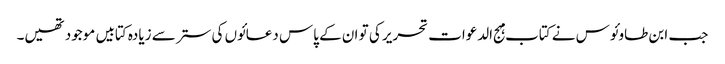
جب ابن طاوئوس نے کتاب مہج الدعوات تحریر کی تو ان کے پاس دعائوں کی ستر سے زیادہ کتابیں موجود تھیں۔